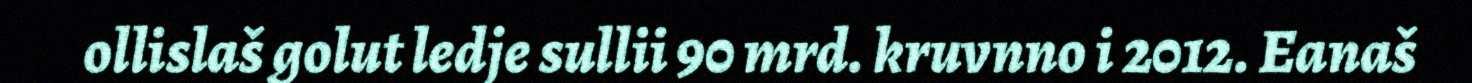
ollislaš golut ledje sullii 90 mrd. kruvnno i 2012. Eanaš